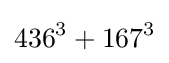
436^{3}+167^{3}